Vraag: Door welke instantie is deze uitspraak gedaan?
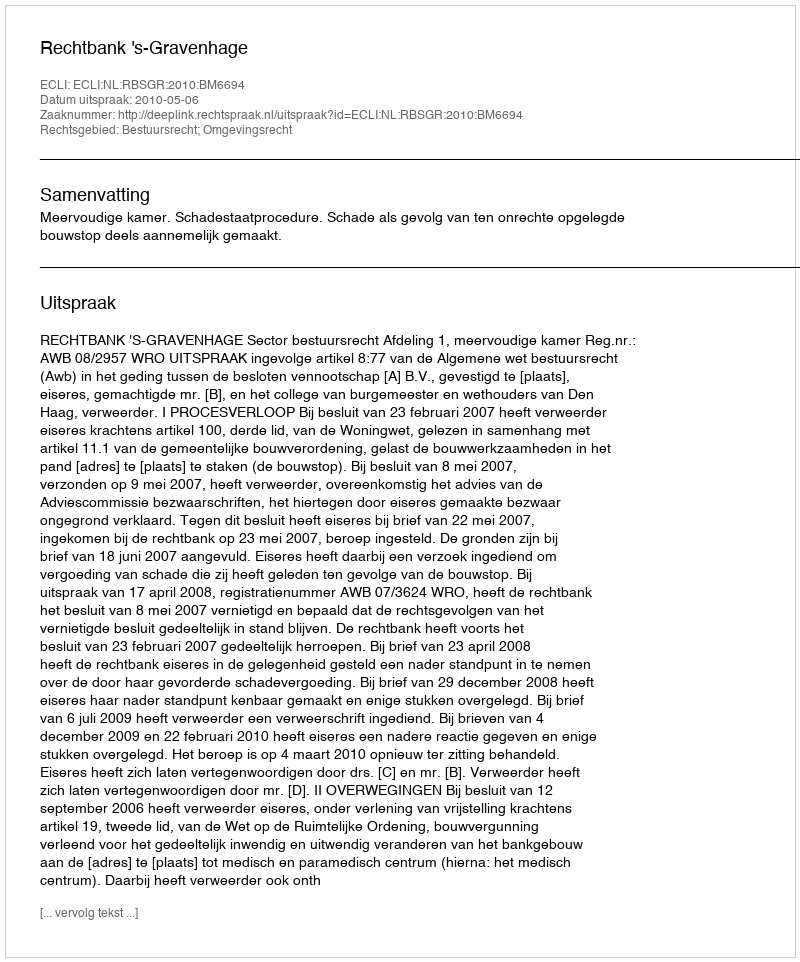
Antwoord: Rechtbank 's-Gravenhage